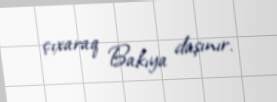
çıxaraq Bakıya daşınır.